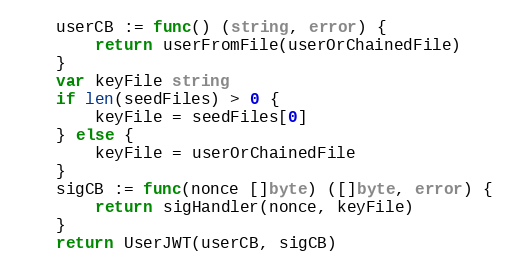
Language: Go
	userCB := func() (string, error) {
		return userFromFile(userOrChainedFile)
	}
	var keyFile string
	if len(seedFiles) > 0 {
		keyFile = seedFiles[0]
	} else {
		keyFile = userOrChainedFile
	}
	sigCB := func(nonce []byte) ([]byte, error) {
		return sigHandler(nonce, keyFile)
	}
	return UserJWT(userCB, sigCB)